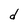
Character: d